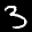
Label: 3